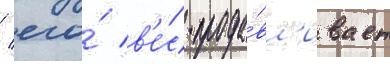
/ его́ в'е́с прода́вл'ивает